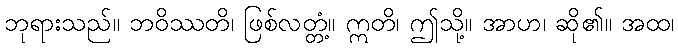
ဘုရားသည်။ ဘဝိဿတိ၊ ဖြစ်လတ္တံ့။ ဣတိ၊ ဤသို့။ အာဟ၊ ဆို၏။ အထ၊